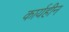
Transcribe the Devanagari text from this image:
कार्यहीन